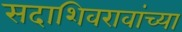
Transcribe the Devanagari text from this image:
सदाशिवरावांच्या